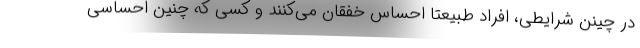
در چینن شرایطی، افراد طبیعتا احساس خفقان می‌کنند و کسی که چنین احساسی